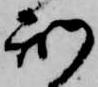
刑